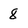
Character: 8